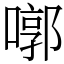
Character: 㗥